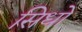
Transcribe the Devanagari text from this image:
सिधो